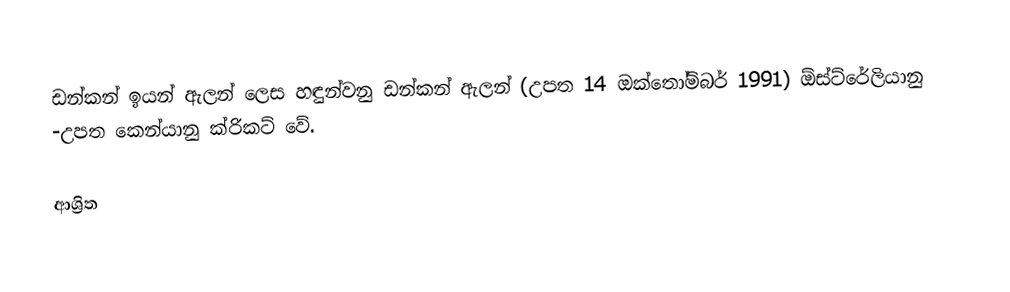
ඩන්කන් ඉයන් ඇලන් ලෙස හඳුන්වනු ඩන්කන් ඇලන් (උපත 14 ඔක්තෝම්බර් 1991) ඕස්ට්රේලියානු -උපත කෙන්යානු ක්රිකට් වේ.

ආශ්‍රිත